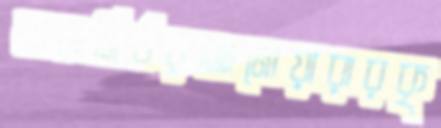
জলনির্ভরআনোয়ারারকৃ